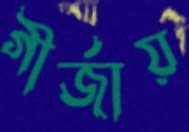
গীর্জায়